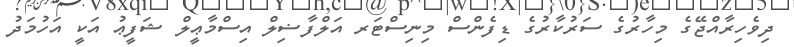
ދިވެހިރާއްޖޭގެ މިހާރުގެ ސަރުކާރުގެ ޑިފެންސް މިނިސްޓަރ އަލްފާޟިލް އިސްމާޢީލް ޝަފީޢު އަކީ އަހުމަދު